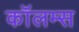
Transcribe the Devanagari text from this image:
कॉलम्स